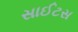
સાઈટસ